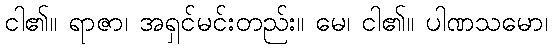
ငါ၏။ ရာဇာ၊ အရှင်မင်းတည်း။ မေ၊ ငါ၏။ ပါဏသမော၊